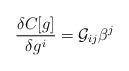
LaTeX: \begin{align*}\frac{\delta C[g]}{\delta g^i} = {\cal G}_{ij}\beta^j \end{align*}